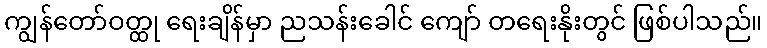
ကျွန်တော်ဝတ္ထု ရေးချိန်မှာ ညသန်းခေါင် ကျော် တရေးနိုးတွင် ဖြစ်ပါသည်။